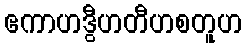
ဧကာဟဒွီဟတီဟစတူဟ